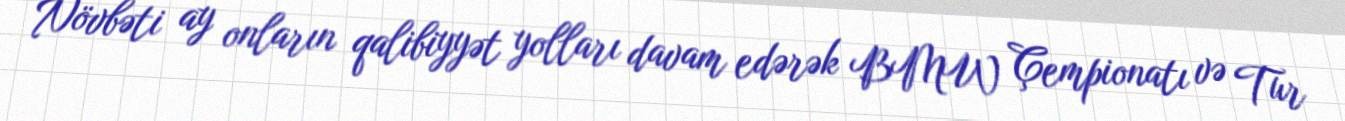
Növbəti ay onların qalibiyyət yolları davam edərək BMW Çempionatı və Tur